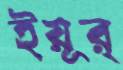
ইয়ূর্